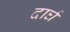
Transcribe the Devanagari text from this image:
दार्घ